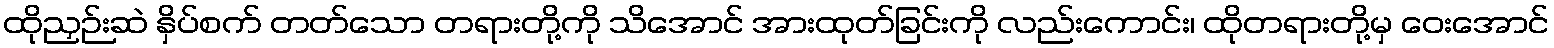
ထိုညှဉ်းဆဲ နှိပ်စက် တတ်သော တရားတို့ကို သိအောင် အားထုတ်ခြင်းကို လည်းကောင်း၊ ထိုတရားတို့မှ ဝေးအောင်